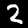
Label: 2